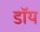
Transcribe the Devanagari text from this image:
डॉय